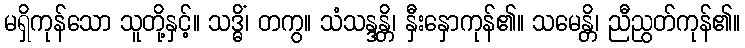
မရှိကုန်သော သူတို့နှင့်။ သဒ္ဓိံ၊ တကွ။ သံသန္ဒန္တိ၊ နှီးနှောကုန်၏။ သမေန္တိ၊ ညီညွတ်ကုန်၏။